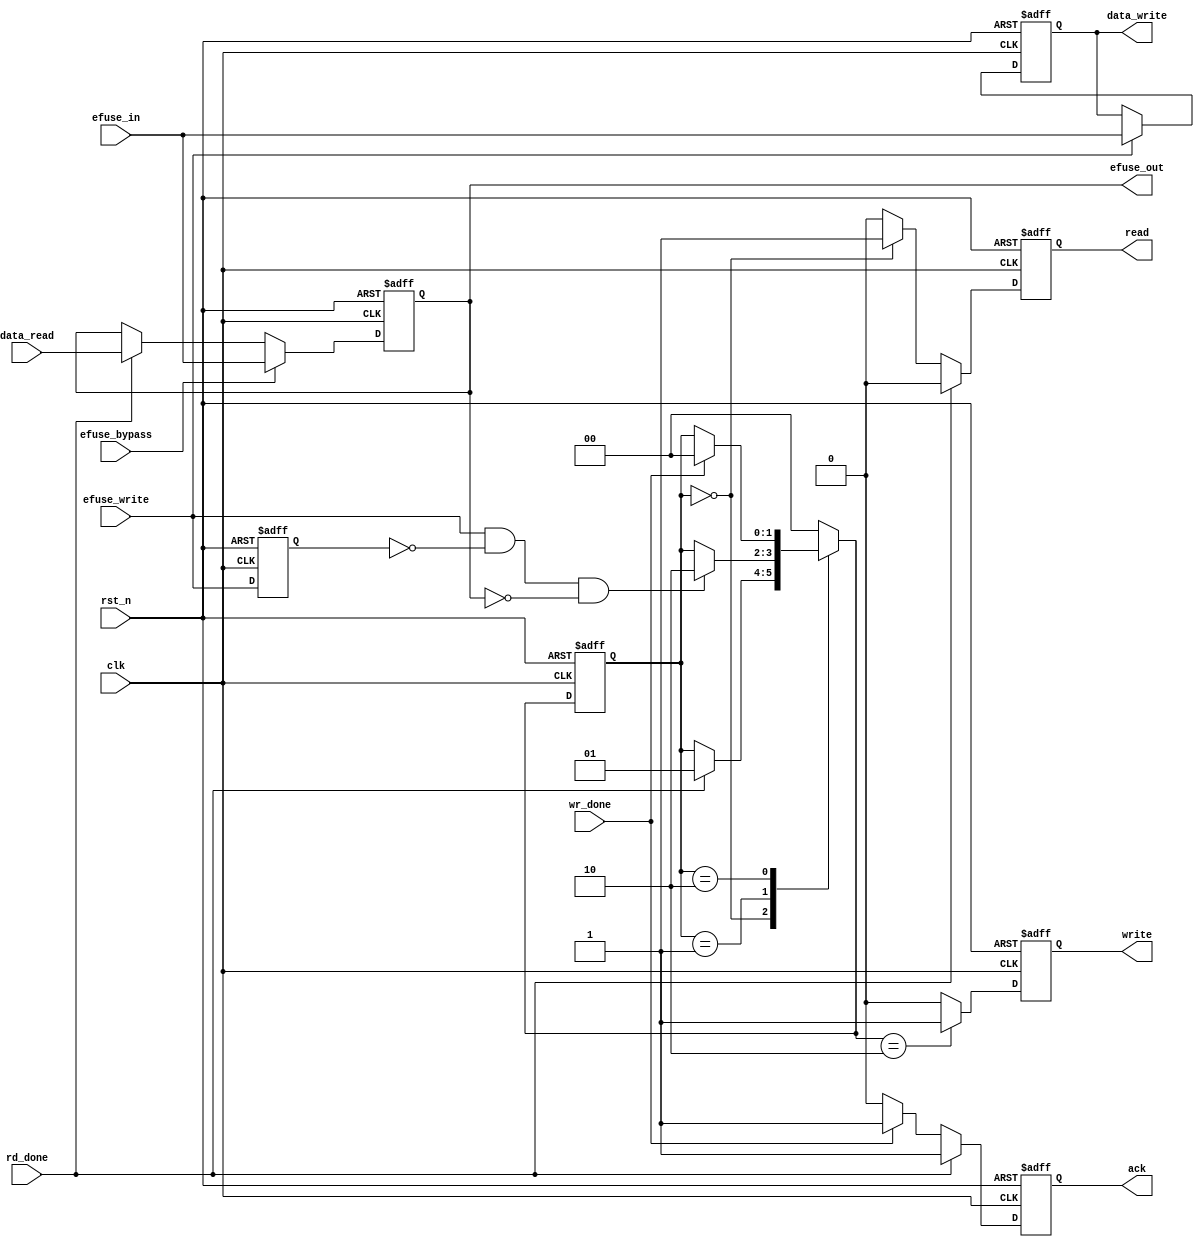
`timescale 1ns / 1ps
//////////////////////////////////////////////////////////////////////////////////
// Company: 
// Engineer: 
// 
// Design Name: 
// Module Name: main_state_machine
// Project Name: 
// Target Devices: 
// Tool Versions: 
// Description: 
// 
// Dependencies: 
// 
// Revision:
// Revision 0.01 - File Created
// Additional Comments:
// 
//////////////////////////////////////////////////////////////////////////////////


module main_state_machine(

    input clk           ,
    input rst_n         , 
    input efuse_bypass        ,
    output reg [31:0] efuse_out,
    //from decoder

    input efuse_write       ,
    input [31:0] efuse_in   ,


    //to efuse_controller
    output reg [31:0] data_write,
    output reg ack              ,
    output reg write            ,
    output reg read             ,
    
    
    //from efuse_controller
    input wr_done               ,
    input rd_done               ,
    input [31:0] data_read    
    );

    localparam READ = 2'b00;
    localparam WAIT = 2'b01;
    localparam PGM  = 2'b10;
    
    reg [1:0] state_c;
    reg [1:0] state_n;
    reg efuse_write_d0;
    wire efuse_write_up;
    // reg efuse_out_write_en;

    always @(posedge clk or negedge rst_n) begin
        if(!rst_n)
            state_c <= READ;
        else 
            state_c <= state_n;
    end

    always @(*) begin
        case(state_c)
            READ:   if(rd_done)
                        state_n = WAIT;
                    else    
                        state_n = state_c;
            WAIT:   if((efuse_write_up)&&(efuse_out==32'd0))
                        state_n = PGM;
                    else    
                        state_n = state_c;
            PGM:    if(wr_done)
                        state_n = READ;
                    else    
                        state_n = state_c;
            default:state_n = READ;
        endcase
    end


    always @(posedge clk or negedge rst_n) begin
        if(!rst_n)
            efuse_write_d0 <= 1'b0;
        else 
            efuse_write_d0 <= efuse_write;
    end


    assign efuse_write_up = (efuse_write)&&(!efuse_write_d0);

    always @(posedge clk or negedge rst_n) begin
        if(!rst_n)
            read <= 1'b0;
        else if(rd_done)
            read <= 1'b0;
        else if(state_c == READ)
            read <= 1'b1;
        else 
            read <= 1'b0;
    end

    always @(posedge clk or negedge rst_n) begin
        if(!rst_n)
            write <= 1'b0;
        else if(state_n == PGM)begin
                write <= 1'b1;
        end
        else if(wr_done)
            write <= 1'b0;
        else 
            write <=1'b0; 
    end


    always @(posedge clk or negedge rst_n) begin
        if(!rst_n)
            efuse_out <= 32'd0;
        else if (efuse_bypass)
            efuse_out <= efuse_in;
        else if(rd_done) begin       
            efuse_out <= data_read;
        end
        else    
            efuse_out <= efuse_out;
    end

    always @(posedge clk or negedge rst_n)begin
        if(!rst_n)
            ack <= 1'b0;
        else if(rd_done)
            ack <= 1'b1;
        else if(wr_done)
            ack <= 1'b1;
        else 
            ack <= 1'b0; 
    end

    always @(posedge clk or negedge rst_n) begin
        if(!rst_n)
            data_write <= 32'd0;
        else if(efuse_write)
            data_write <= efuse_in;
        else 
            data_write <= data_write; 
    end
endmodule